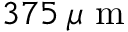
3 7 5 \: \mu \mathrm { ~ m ~ }